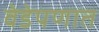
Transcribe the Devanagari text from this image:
वेडेपणात